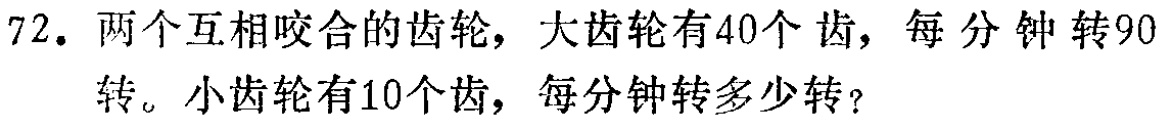
72. 两个互相咬合的齿轮，大齿轮有40个齿，每分钟转90转。小齿轮有10个齿，每分钟转多少转？